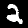
Digit: 2